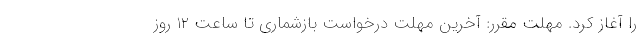
را آغاز کرد. مهلت مقرر: آخرین مهلت درخواست بازشماری تا ساعت 12 روز